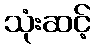
သုံးဆင့်